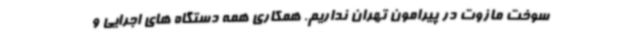
سوخت مازوت در پیرامون تهران نداریم. همکاری همه دستگاه های اجرایی و